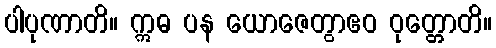
ပါပုဏာတိ။ ဣဓ ပန ယောဇေတွာဧဝ ဝုတ္တောတိ။